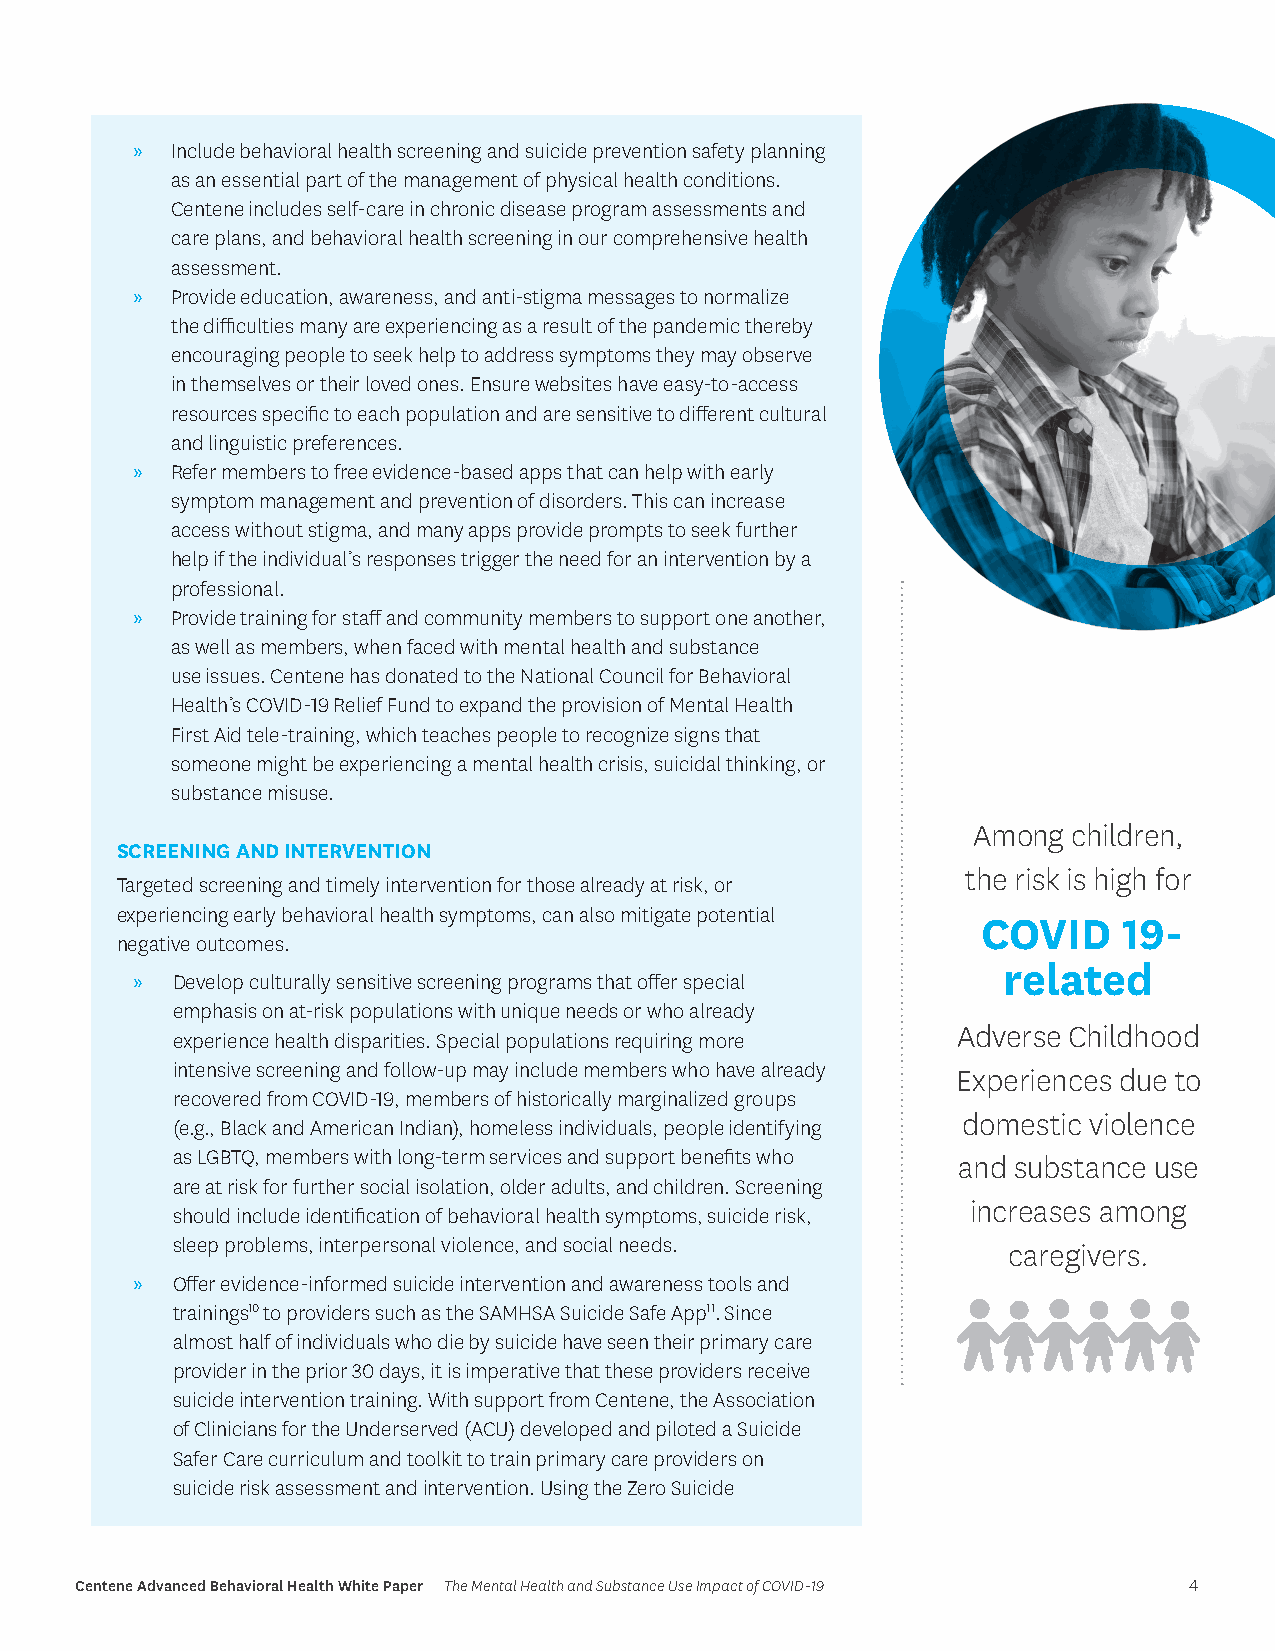
» Include behavioral health screening and suicide prevention safety planning
 as an essential part of the management of physical health conditions.
 Centene includes self-care in chronic disease program assessments and
 care plans, and behavioral health screening in our comprehensive health
 assessment.
 » Provide education, awareness, and anti-stigma messages to normalize
 the difficulties many are experiencing as a result of the pandemic thereby
 encouraging people to seek help to address symptoms they may observe
 in themselves or their loved ones. Ensure websites have easy-to-access
 resources specific to each population and are sensitive to different cultural
 and linguistic preferences.
 » Refer members to free evidence-based apps that can help with early
 symptom management and prevention of disorders. This can increase
 access without stigma, and many apps provide prompts to seek further
 help if the individual’s responses trigger the need for an intervention by a
 professional.
 » Provide training for staff and community members to support one another,
 as well as members, when faced with mental health and substance
 use issues. Centene has donated to the National Council for Behavioral
 Health’s COVID-19 Relief Fund to expand the provision of Mental Health
 First Aid tele-training, which teaches people to recognize signs that
 someone might be experiencing a mental health crisis, suicidal thinking, or
 substance misuse.
 Among  children,
 SCREENING AND INTERVENTION
 the risk is high for
 Targeted screening and timely intervention for those already at risk, or
 experiencing early behavioral health symptoms, can also mitigate potential
 COVID    19-
 negative outcomes.
 related
 » Develop culturally sensitive screening programs that offer special
 emphasis on at-risk populations with unique needs or who already
 Adverse Childhood
 experience health disparities. Special populations requiring more
 intensive screening and follow-up may include members who have already Experiences due to
 recovered from COVID-19, members of historically marginalized groups
 domestic violence
 (e.g., Black and American Indian), homeless individuals, people identifying
 as LGBTQ, members with long-term services and support benefits who and substance use
 are at risk for further social isolation, older adults, and children. Screening
 increases among
 should include identification of behavioral health symptoms, suicide risk,
 sleep problems, interpersonal violence, and social needs. caregivers.
 » Offer evidence-informed suicide intervention and awareness tools and
 trainings10 to providers such as the SAMHSA Suicide Safe App11. Since
 almost half of individuals who die by suicide have seen their primary care
 provider in the prior 30 days, it is imperative that these providers receive
 suicide intervention training. With support from Centene, the Association
 of Clinicians for the Underserved (ACU) developed and piloted a Suicide
 Safer Care curriculum and toolkit to train primary care providers on
 suicide risk assessment and intervention. Using the Zero Suicide
 Centene Advanced Behavioral Health White Paper The Mental Health and Substance Use Impact of COVID-19 4